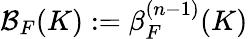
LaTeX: \mathcal{B}_{F}(K)\mathrel{\mathop:}=\beta_{F}^{(n-1)}(K)